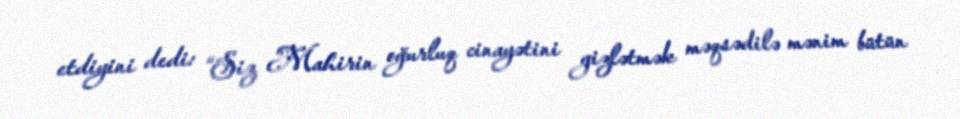
etdiyini dedi: “Siz Mahirin oğurluq cinayətini gizlətmək məqsədilə mənim bütün